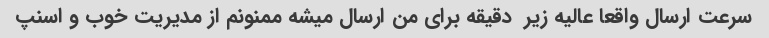
سرعت ارسال واقعا عالیه زیر  دقیقه برای من ارسال میشه ممنونم از مدیریت خوب و اسنپ